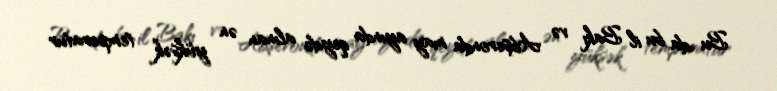
Bu da bu il Bakı və Abşeronda may ayında qeydə alınan ən yüksək temperatur